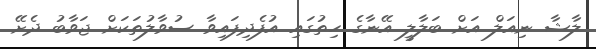
ލާޝާ ނިއަލް އަށް ބަލާލީ އޭނާގެ ހިތުގައި އުފެދިފައިވާ ސުވާލުތަކަށް ޖަވާބު ދެށޭ